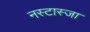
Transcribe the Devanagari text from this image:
नस्टास्जा